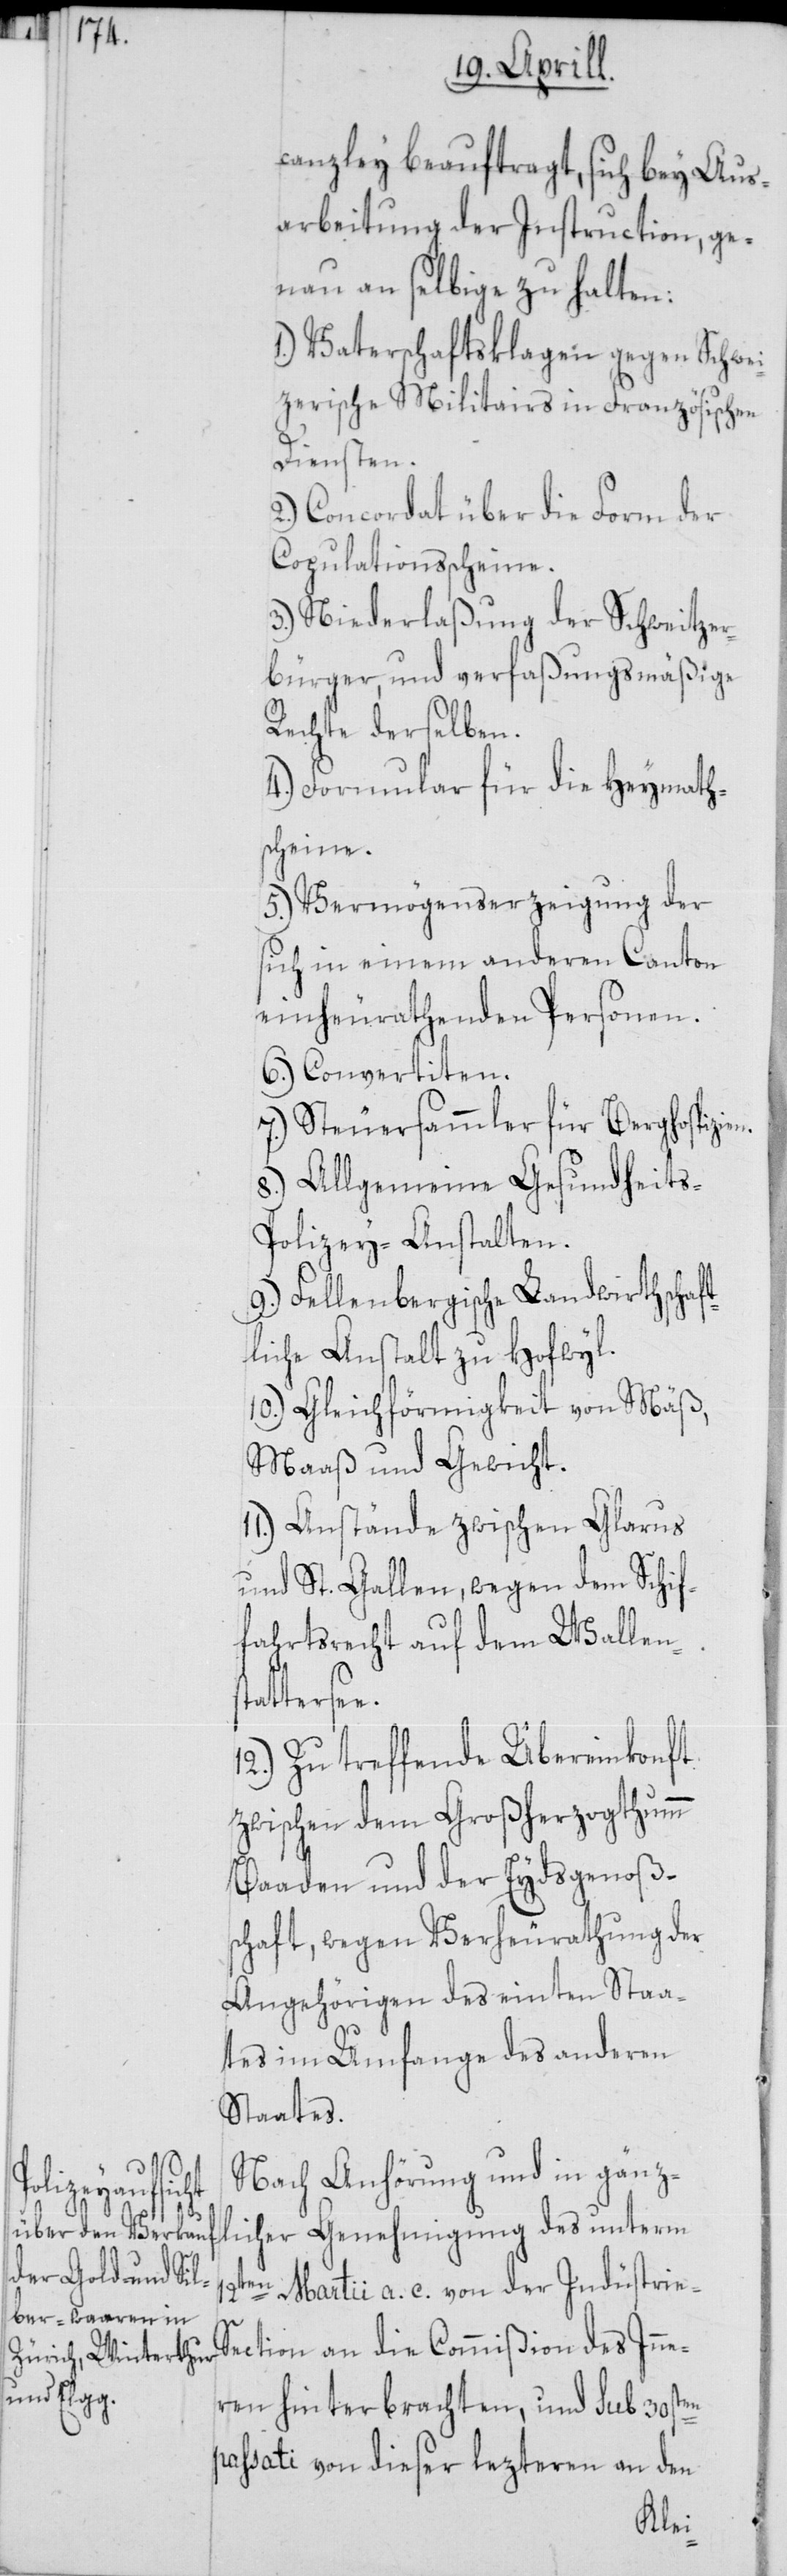
statter¬

canzley beauftragt, sich bey Aus¬
arbeitung der Instruction, ge¬
nau an selbige zu halten:
1.) Vaterschaftsklagen gegen Schwei¬
tzerische Militairs in Französischen
Diensten.
2.) Concordat über die Form der
Copulationsscheine.
3.) Niederlaßung der Schweitzer¬
bürger, und verfaßungsmäßige
Rechte derselben.
4.) Formular für die Heymath¬
scheine.
5.) Vermögenserzeigung der
sich in einem anderen Canton
einheurathenden Personen.
6.) Convertiten.
7.) Steuersammler für Berghospizien.
8.) Allgemeine Gesundheit¬
s-Polizey-Anstalten.
9.) Fellenbergische Landwirthschaft¬
liche Anstalt zu Hofwyl.
10.) Gleichförmigkeit von Mäß,
Maaß und Gewicht.
11.) Anstände zwischen Glarus
und St. Gallen, wegen dem Schif¬
fahrtsrecht auf dem Wallen¬
see.
12.) Zu treffende Übereinkonft
zwischen dem Großherzogthumm
Baaden und der Eydsgenoß¬
schaft, wegen Verheurathung der
Angehörigen des einten Staa¬
tes im Umfange des anderen
Staates.
Nach Anhörung und in gänz¬
licher Genehmigung des unterm
12ten Martii a. c. von der Indüstrie-S¬
ection an die Commißion des Inne¬
ren hinterbrachten, und sub 30sten
passati von dieser lezteren an den